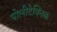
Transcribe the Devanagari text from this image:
पोलीटेक्निक